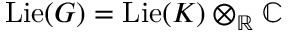
\operatorname { L i e } ( G ) = \operatorname { L i e } ( K ) \otimes _ { \mathbb { R } } \mathbb { C }